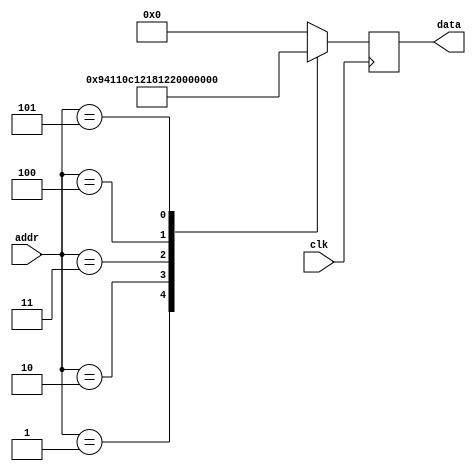
/* verilator lint_off UNUSED */
/* verilator lint_off UNDRIVEN */
/* verilator lint_off UNOPTFLAT */
`timescale 1ns / 1ps

module rom #(
        parameter   DATA_WIDTH = 16,
        parameter   ADDR_WIDTH = 8          // 2 * 1024 bytes of ROM
    )(
        input  wire                  clk,
        input  wire [ADDR_WIDTH-1:0] addr,  // here comes the program counter
        output  reg [DATA_WIDTH-1:0] data   // here goes the instruction
    );

    reg [DATA_WIDTH-1:0] value;

    always @* begin
        case (addr)
				/*	 nop 	 		*/
				0:		value = 16'b0000000000000000;
				/*	 neg 	r1 		*/
				1:		value = 16'b1001010000010001;
				/*	 add 	r1, r2 		*/
				2:		value = 16'b0000110000010010;
				/*	 sub 	r1, r2 		*/
				3:		value = 16'b0001100000010010;
				/*	 and 	r1, r2 		*/
				4:		value = 16'b0010000000010010;
				/*	 or 	r1, r2 		*/
				5:		value = 16'b0010100000010010;
				default:
                        value = 16'b0000000000000000;
        endcase
    end

    always @(negedge clk) begin
        data <= value;
    end
endmodule